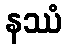
နဿံ